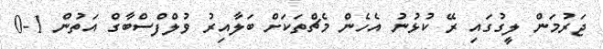
ޖަރުމަން ލީގުގައި ރޭ ކުޅުނު އެހެން މެޗްތަކަށް ބަލާއިރު ވުލްފްސްބާގް އަތުން 1-0